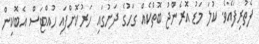
ފެތުރިފައެވެ. ކުލަ މަޑު އޮރެންޖު ބޮތްކެއް ގަހުގެ ދަށުގައި ހަރުކޮށްފައި ހުއްޓަސް އެބޮކިން